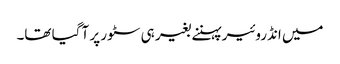
میں انڈروئیر پہننے بغیر ہی سٹور پر آ گیا تھا۔